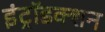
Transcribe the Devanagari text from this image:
इंट्रॉडक्शन